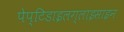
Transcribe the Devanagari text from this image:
पेप्टिडाइलग्लाइसाइन